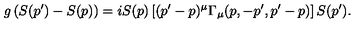
g \left( S ( p ^ { \prime } ) - S ( p ) \right) = i S ( p ) \left[ ( p ^ { \prime } - p ) ^ { \mu } \Gamma _ { \mu } ( p , - p ^ { \prime } , p ^ { \prime } - p ) \right] S ( p ^ { \prime } ) .